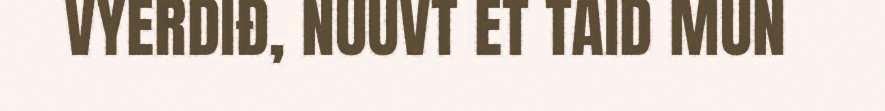
VYERDIĐ, NUUVT ET TAID MUN